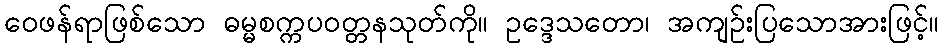
ဝေဖန်ရာဖြစ်သော ဓမ္မစက္ကပဝတ္တနသုတ်ကို။ ဥဒ္ဒေသတော၊ အကျဉ်းပြသောအားဖြင့်။